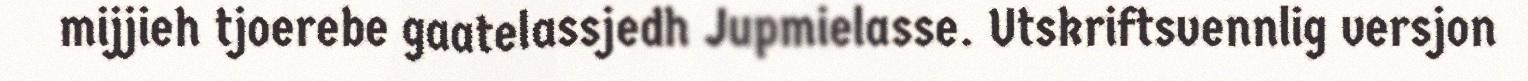
mijjieh tjoerebe gaatelassjedh Jupmielasse. Utskriftsvennlig versjon